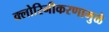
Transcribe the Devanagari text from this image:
क्लोरिनीकरणामुळे